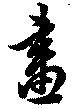
畫